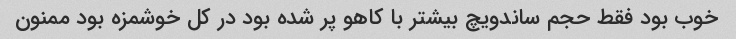
خوب بود فقط حجم ساندویچ بیشتر با کاهو پر شده بود در کل خوشمزه بود ممنون